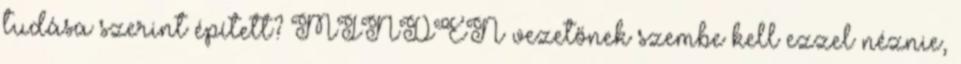
tudása szerint épített? MINDEN vezetőnek szembe kell ezzel néznie,